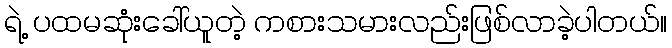
ရဲ့ ပထမဆုံးခေါ်ယူတဲ့ ကစားသမားလည်းဖြစ်လာခဲ့ပါတယ်။